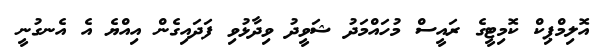
އޮޮލިމްޕިކް ކޮމިޓީގެ ރައީސް މުހައްމަދު ޝަވީދު ވިދާޅުވި ފަދައިގެން އިއްޔެ އެ އެނގުނީ